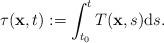
LaTeX: \begin{align*}\tau(\mathbf{x}, t) := \int_{t_{0}}^{t} T(\mathbf{x}, s) \mathrm{d}s. \end{align*}